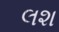
લશ